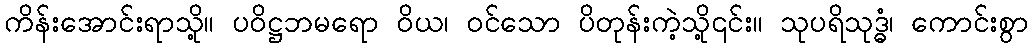
ကိန်းအောင်းရာသို့။ ပဝိဋ္ဌဘမရော ဝိယ၊ ဝင်သော ပိတုန်းကဲ့သို့၎င်း။ သုပရိသုဒ္ဓံ၊ ကောင်းစွာ